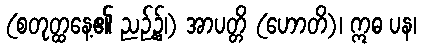
(စတုတ္ထနေ့၏ ညဉ့်၌၊) အာပတ္တိ (ဟောတိ)၊ ဣဓ ပန၊